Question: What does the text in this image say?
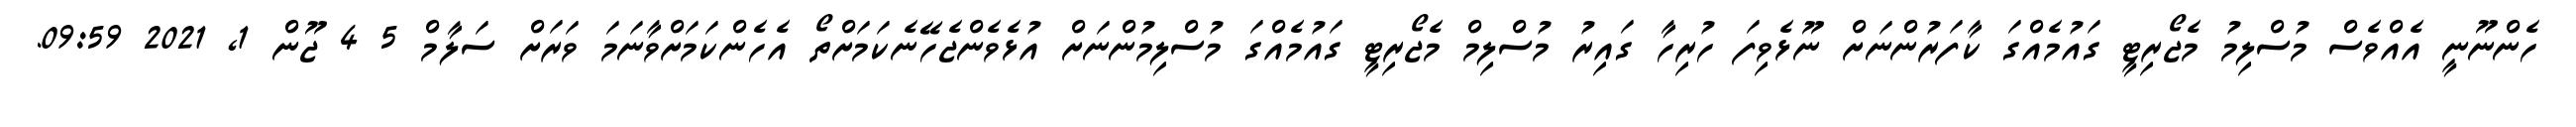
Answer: ހެންނޫނީ އެއްވެސް މުސްލިމު މެޖޯރިޓީ ގައުމެއްގަ ކާފަރުންނަށް ނޫޅެވިފަ ހުރިހާ ގައިރު މުސްލިމް މެޖޯރިޓީ ގައުމެއްގަ މުސްލިމުންނަށް އުޅެވެންޖެހޭނެކަމަށްތޯ އެހެންކަމަށްވާނަމަ ވަރަށް ސަލާމް 5 4 ޖޫން 1, 2021 09:59.